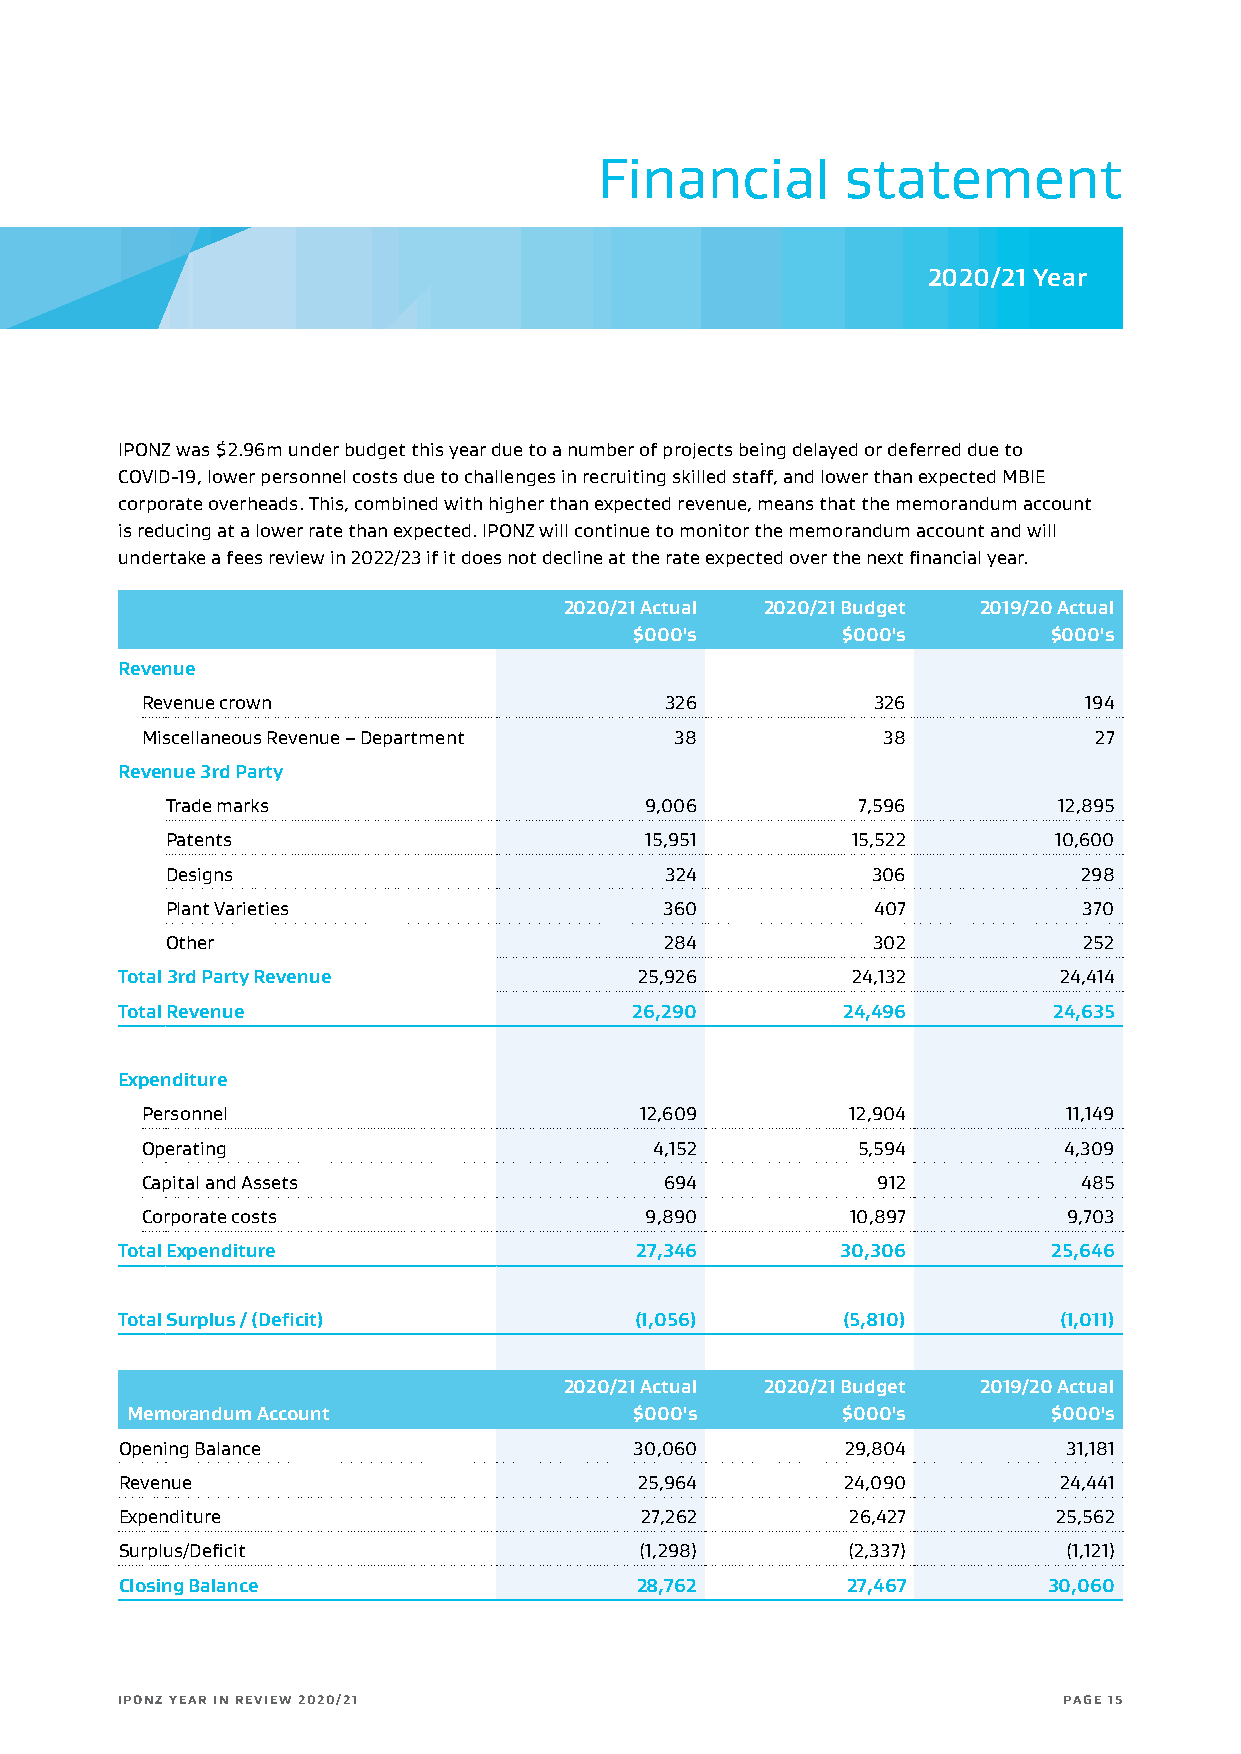
Financial       statement
 2020/21 Year
 IPONZ was $2.96m under budget this year due to a number of projects being delayed or deferred due to
 COVID-19, lower personnel costs due to challenges in recruiting skilled staff, and lower than expected MBIE
 corporate overheads. This, combined with higher than expected revenue, means that the memorandum account
 is reducing at a lower rate than expected. IPONZ will continue to monitor the memorandum account and will
 undertake a fees review in 2022/23 if it does not decline at the rate expected over the next financial year.
 2020/21 Actual 2020/21 Budget 2019/20 Actual
 $000's        $000's       $000's
 Revenue
 Revenue crown                      326           326           194
 Miscellaneous Revenue – Department  38           38            27
 Revenue 3rd Party
 Trade marks                     9,006         7,596        12,895
 Patents                         15,951       15,522        10,600
 Designs                          324           306           298
 Plant Varieties                  360           407           370
 Other                            284           302           252
 Total 3rd Party Revenue           25,926        24,132        24,414
 Total Revenue                     26,290        24,496        24,635
 Expenditure
 Personnel                        12,609        12,904         11,149
 Operating                         4,152         5,594        4,309
 Capital and Assets                 694           912           485
 Corporate costs                   9,890        10,897         9,703
 Total Expenditure                 27,346        30,306        25,646
 Total Surplus / (Deficit)         (1,056)       (5,810)       (1,011)
 2020/21 Actual 2020/21 Budget 2019/20 Actual
 Memorandum Account                $000's        $000's       $000's
 Opening Balance                   30,060        29,804         31,181
 Revenue                           25,964        24,090        24,441
 Expenditure                       27,262        26,427        25,562
 Surplus/Deficit                   (1,298)       (2,337)        (1,121)
 Closing Balance                   28,762        27,467       30,060
 IPONZ YEAR IN REVIEW 2020/21                                  PAGE 15